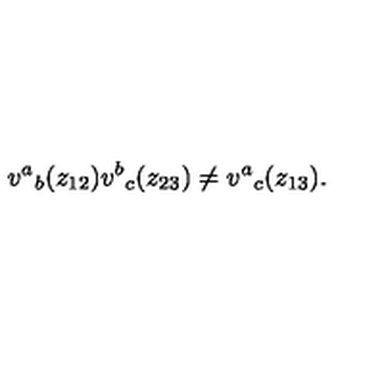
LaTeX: v ^ { a } { } _ { b } ( z _ { 1 2 } ) v ^ { b } { } _ { c } ( z _ { 2 3 } ) \neq v ^ { a } { } _ { c } ( z _ { 1 3 } ) .